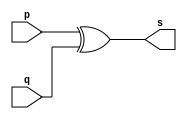
// --------------------- 
// Exemplo0005 - xor 
// Nome: Jorge Luis dos Santos Leal 
// --------------------- 
// --------------------- 
// -- xor gate 
// --------------------- 
module xorgate (output [0:3] s, 
input [0:3] p, 
input [0:3] q); 
assign s = p ^ q; 
endmodule // xor 
// --------------------- 
// -- test xorgate 
// --------------------- 
module testxorgate; 
// ------------------------- dados locais 
reg [0:3] a,b; // definir registrador 
wire [0:3] s; // definir conexao (fio) 
// ------------------------- instancia 
xorgate XOR1 (s, a, b); 
// ------------------------- preparacao 
initial begin:start 
a=4'b0011; // 4 valores binarios 
b=4'b0101; // 4 valores binarios 
end 
// ------------------------- parte principal 
initial begin:main 
$display("Exemplo0005 - Jorge Luis dos Santos Leal - 417466"); 
$display("Test xor gate"); 
$display("\n a ^ b = s\n"); 
$monitor("%b ^ %b = %b", a, b, s); 
#1 a=0; b=0; // valores decimais 
#1 a=4'b0010; b=4'b0001; // valores binarios 
#1 a=4'd1; b=3; // decimal e decimal 
#1 a=4'o5; b=2; // octal e decimal 
#1 a=4'hA; b=3; // hexadecimal e decimal 
#1 a=4'h9; b=4'o3; // hexadecimal e octal 
end 
endmodule // testxorgate